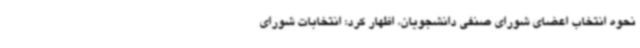
نحوه انتخاب اعضای شورای صنفی دانشجویان، اظهار کرد: انتخابات شورای